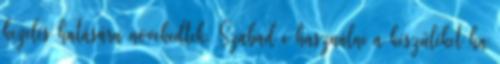
kezelés hatására növekedtek. Szabad e használni a készüléket ha